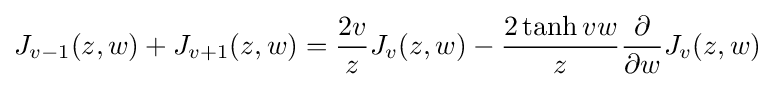
J_{v-1}(z,w)+J_{v+1}(z,w)={\dfrac {2v}{z}}J_{v}(z,w)-{\dfrac {2\tanh vw}{z}}{\dfrac {\partial }{\partial w}}J_{v}(z,w)